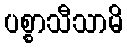
ပစ္စာသီသာမိ